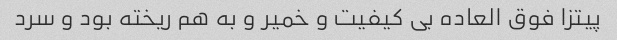
پیتزا فوق العاده بی کیفیت و خمیر و به هم ریخته بود و سرد